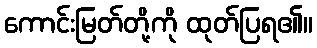
ကောင်းမြတ်တို့ကို ထုတ်ပြရ၏။